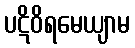
ပဋိဝိရမေယျာမ